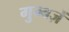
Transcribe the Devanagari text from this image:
गुम्बज़ें